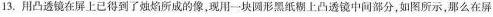
13.用凸透镜在屏上已得到了烛焰所成的像，现用一块圆形黑纸糊上凸透镜中间部分，如图所示，那么在屏